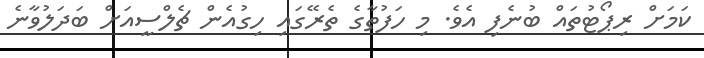
ކަމަށް ރިޕޯޓުތައް ބުނެފި އެވެ. މި ހަފުތާގެ ތެރޭގައި ހިގުއެން ޗެލްސީއަށް ބަދަލުވާނެ